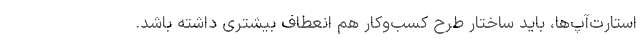
استارت‌آپ‌ها، باید ساختار طرح کسب‌وکار هم انعطاف بیشتری داشته باشد.